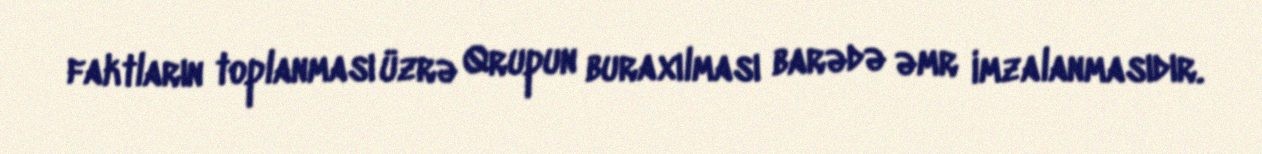
faktların toplanması üzrə Qrupun buraxılması barədə əmr imzalanmasıdır.